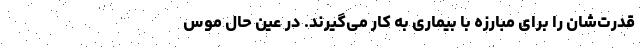
قدرت‌شان را برای مبارزه با بیماری به کار می‌گیرند. در عین حال موس